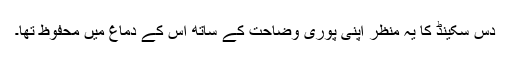
دس سکینڈ کا یہ منظر اپنی پوری وضاحت کے ساتھ اس کے دماغ میں محفوظ تھا۔